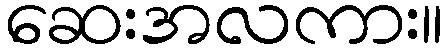
ဆေးအလကား။